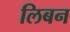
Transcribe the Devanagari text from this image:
लिबन